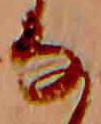
な